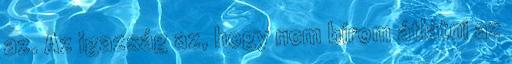
az. Az igazság az, hogy nem bírom átlátni az